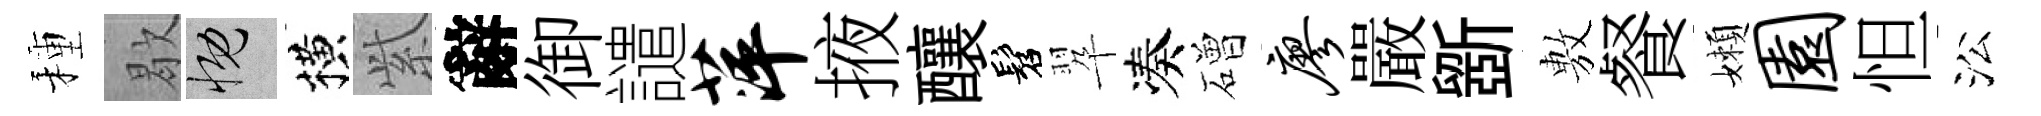
種歇慨横𬗋辭御譴萍掖釀髫翆凑磳廖嚴斵𢾾餐嬾园怛㳂